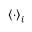
\left< \cdot \right> _ { i }